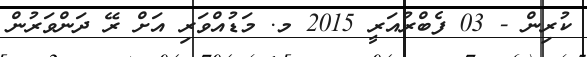
ކުރިން - 03 ފެބްރުއަރީ 2015 މ. މަޑުއްވަރި އަށް ރޭ ދަންވަރުން